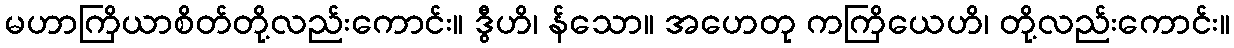
မဟာကြိယာစိတ်တို့လည်းကောင်း။ ဒွီဟိ၊ န်သော။ အဟေတု ကကြိယေဟိ၊ တို့လည်းကောင်း။